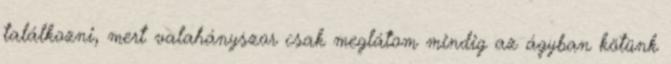
találkozni, mert valahányszor csak meglátom mindig az ágyban kötünk